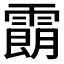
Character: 𩄹